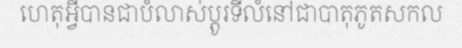
ហេតុអ្វីបានជាបំលាស់ប្តូរទីលំនៅជាបាតុភូតសកល